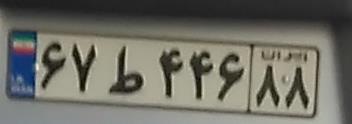
۶۷ط۴۴۶۸۸